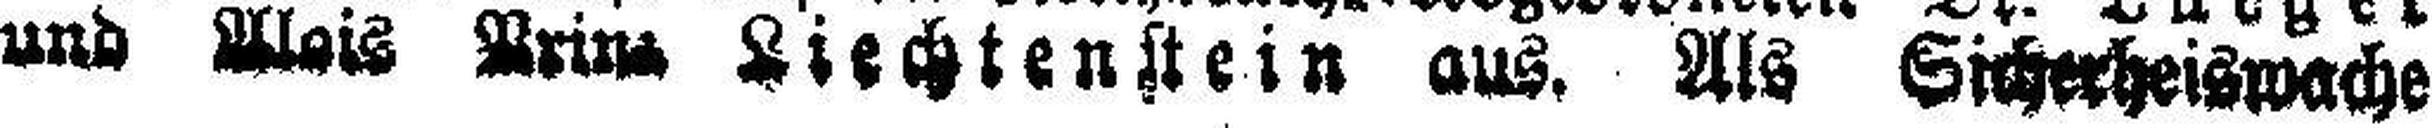
und Alois Prinz Liechtenstein aus. Als Sicherheiswache